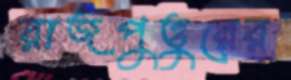
রাজপুত্তুরের